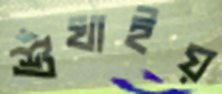
শুঁখাইয়